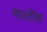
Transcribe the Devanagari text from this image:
माल्टीस